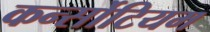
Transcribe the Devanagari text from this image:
कर्न्सोटियम